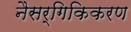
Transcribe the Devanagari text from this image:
नैसर्गिकिकरण